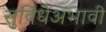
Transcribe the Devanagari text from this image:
सुविधेअभावी